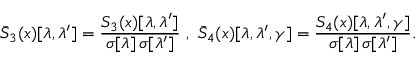
\bar { S } _ { 3 } ( x ) [ \lambda , \lambda ^ { \prime } ] = \frac { S _ { 3 } ( x ) [ \lambda , \lambda ^ { \prime } ] } { \sigma [ \lambda ] \, \sigma [ \lambda ^ { \prime } ] } ~ , ~ \bar { S } _ { 4 } ( x ) [ \lambda , \lambda ^ { \prime } , \gamma ] = \frac { S _ { 4 } ( x ) [ \lambda , \lambda ^ { \prime } , \gamma ] } { \sigma [ \lambda ] \, \sigma [ \lambda ^ { \prime } ] } .